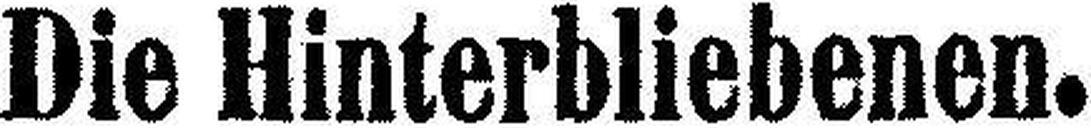
Die Hinterbliebenen.